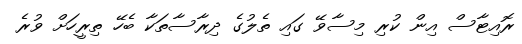
ރޮއިޓާސް އިން ކުރި މިސާވޭ ގައި ތެލުގެ ދިރާސާތަކާ ބެހޭ ތިރީހަށް ވުރެ